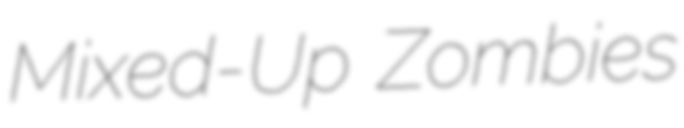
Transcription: Mixed-Up Zombies